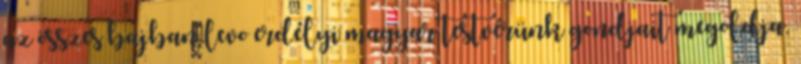
az összes bajban levo erdélyi magyar testvérünk gondjait megoldja.